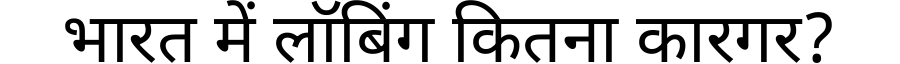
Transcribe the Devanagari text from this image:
भारत में लॉबिंग कितना कारगर?